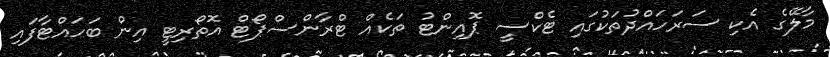
މާލޭގެ އެކި ސަރަހައްދުތަކުގައި ޓެކްސީ ޕޮއިންޓު ތަކެއް ޓްރާންސްޕޯޓް އޮތޯރިޓީ އިން ބަހައްޓާފައި